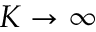
K \to \infty